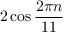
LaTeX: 2 \cos { \frac { 2 \pi n } { 1 1 } }